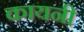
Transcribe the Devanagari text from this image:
कायनी